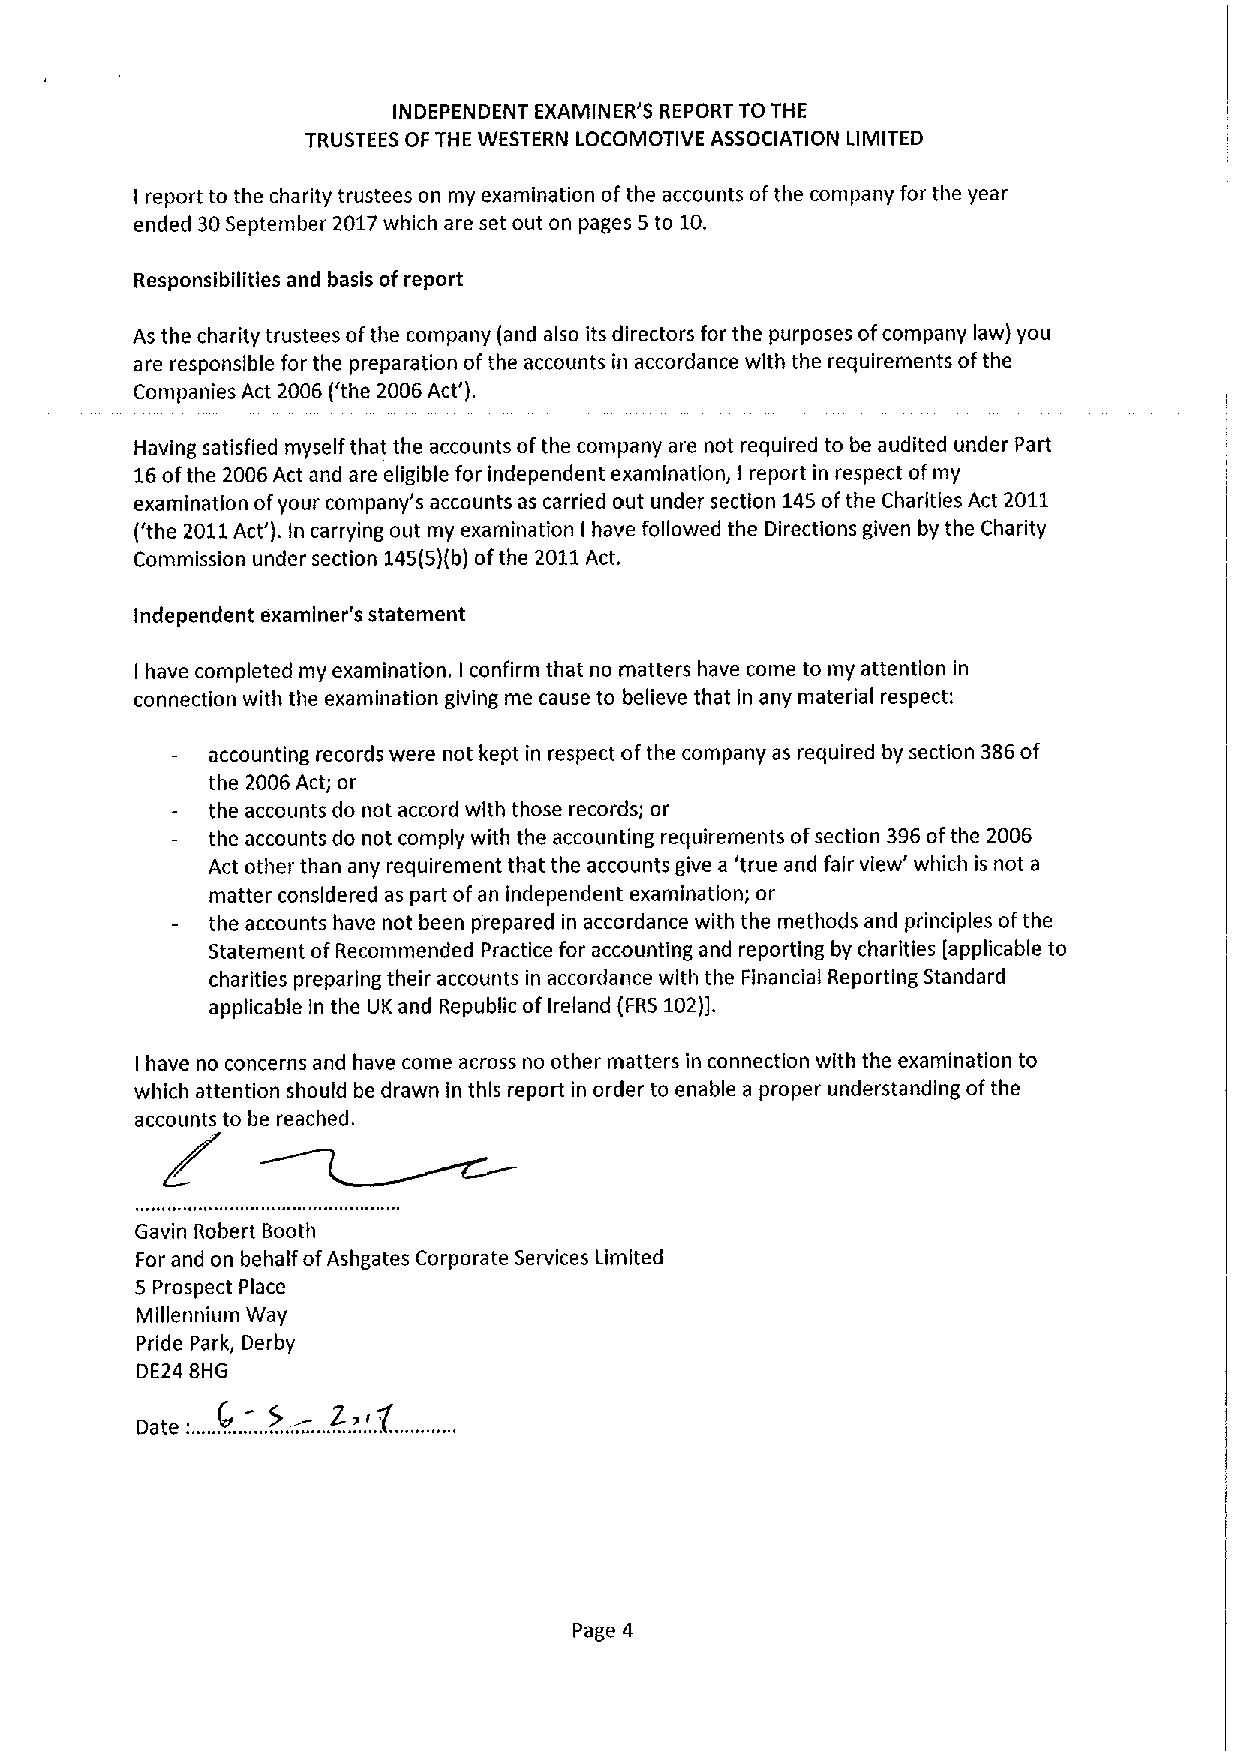
INDEPENDENT EXAMINER'5 REPORT TO THE
 TRUSTEES OF THE WESTERN LOCOMOTIVE ASSOCIATION LIMITED
 I report to the charity trustees on my examination of the accounts ofthe company for the year
 ended 30September 2017which are set out on pages 5 to 10.
 Responsibilities and basis of report
 As the charity trustees ofthe company (and also its directors for the purposes ofcompany law) you
 are responsible for the preparation ofthe accounts in accordance with the requirements ofthe
 Companies Act 2006 ('the 2006Act').
 Having satisfied myself that the accounts ofthe company are not required to be audited under Part
 16ofthe 2006Act and are eligible for independent examination, I report in respect ofmy
 examination ofyour company's accounts as carried out under section 145ofthe Charities Act 2011
 ('the 2011Act'). In carrying out my examination I have followed the Directions given by the Charity
 Commission under section 145(5)(b)ofthe 2011Act.
 Independent examiner's statement
 I have completed my examination. I confirm that no matters have come to my attention in
 connection with the examination giving me cause to believe that in any material respect:
 accounting records were not kept in respect ofthe company as required by section 386of
 the 2006Act; or
 the accounts do not accord with those records; or
 the accounts do not comply with the accounting requirements ofsection 396ofthe 2006
 Act other than any requirement that the accounts give a 'true and fair view' which is not a
 matter considered as part ofan independent examination; or
 the accounts have not been prepared in accordance with the methods and principles ofthe
 Statement ofRecommended Practice for accounting and reporting by charities [applicable to
 charities preparing their accounts in accordance with the Financial Reporting Standard
 applicable In the UK and Republic of Ireland (FRS102)].
 have no concerns and have come across no other matters in connection with the examination to
 I
 which attention should be drawn in this report in order to enable a proper understanding ofthe
 accounts to be reached.
 Gavin Robert Booth
 For and on behalf ofAshgates Corporate Services Limited
 5 Prospect Place
 Millennium Way
 Pride Park, Derby
 DE24 BHG
 Page 4